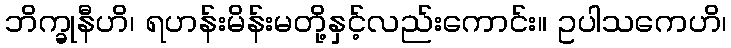
ဘိက္ခုနီဟိ၊ ရဟန်းမိန်းမတို့နှင့်လည်းကောင်း။ ဥပါသကေဟိ၊